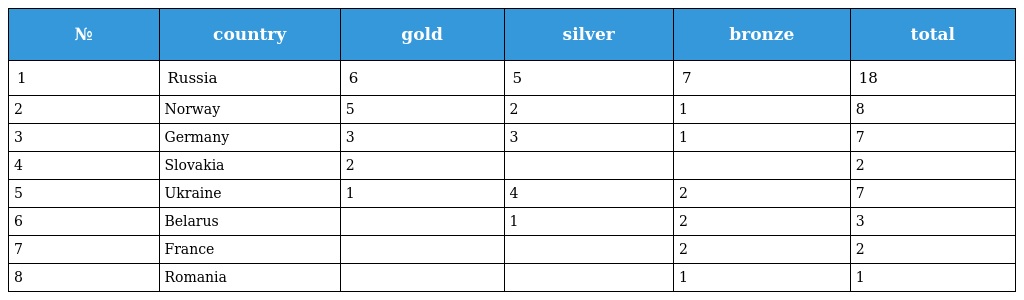
| № | country | gold | silver | bronze | total |
 | --- | --- | --- | --- | --- | --- |
 | 1 | Russia | 6 | 5 | 7 | 18 |
 | 2 | Norway | 5 | 2 | 1 | 8 |
 | 3 | Germany | 3 | 3 | 1 | 7 |
 | 4 | Slovakia | 2 |  |  | 2 |
 | 5 | Ukraine | 1 | 4 | 2 | 7 |
 | 6 | Belarus |  | 1 | 2 | 3 |
 | 7 | France |  |  | 2 | 2 |
 | 8 | Romania |  |  | 1 | 1 |